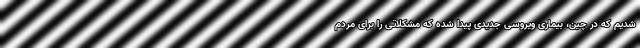
شدیم که در چین، بیماری ویروسی جدیدی پیدا شده که مشکلاتی را برای مردم